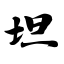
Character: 坦